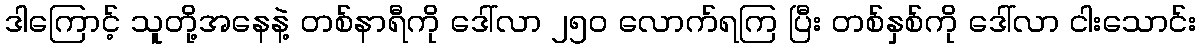
ဒါကြောင့် သူတို့အနေနဲ့ တစ်နာရီကို ဒေါ်လာ ၂၅၀ လောက်ရကြ ပြီး တစ်နှစ်ကို ဒေါ်လာ ငါးသောင်း